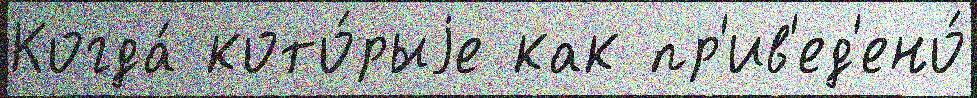
Когда́ кото́рыjе как пр'ив'ед'ено́